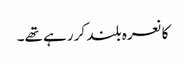
کا نعرہ بلند کر رہے تھے۔